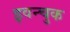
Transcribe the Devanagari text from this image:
इवन्चुक